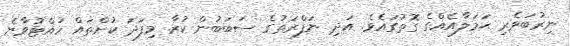
ނިރުބަވެރި ޙަމަލާއެއްގެ ގޮތުގައެވެ. އަދި ނަފްރަތުގެ ސަބަބުން ކުރާ މިފަދަ ކުށްތައް ހުއްޓުވާނެ